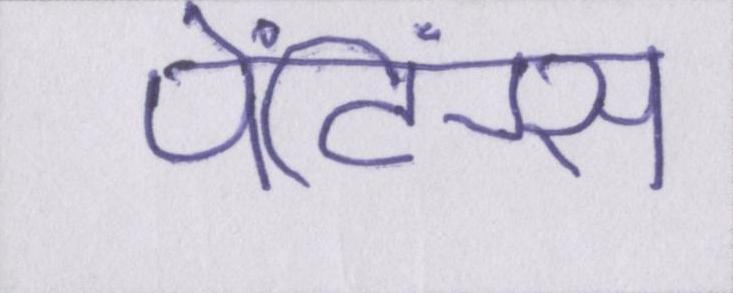
पेंटिंग्स